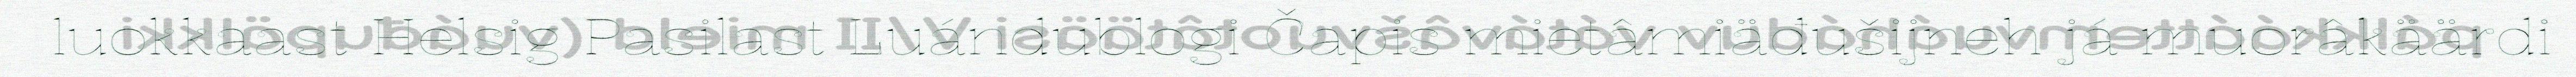
luokkaast Helsig Pasilast Luándublogi Čapis mietâmiäđušijneh já muorâkäärdi